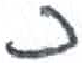
אות: כ